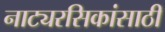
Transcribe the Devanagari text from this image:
नाट्यरसिकांसाठी